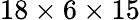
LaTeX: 18\times{}6\times{}15